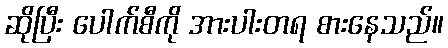
ဆိုပြီး ပေါက်စီကို အားပါးတရ စားနေသည်။